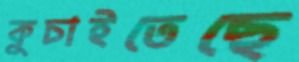
কুচাইতেছে